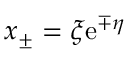
x _ { \pm } = \xi \mathrm { e } ^ { \mp \eta }